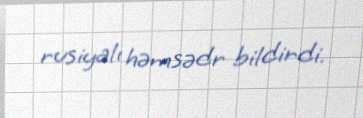
rusiyalı həmsədr bildirdi.